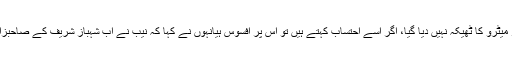
انہوںنے کہاکہ پشاور میٹرو کا اس کمپنی کو ٹھیکہ دیا گیا جسے لاہور میٹرو کا ٹھیکہ نہیں دیا گیا، اگر اسے احتساب کہتے ہیں تو اس پر افسوس ہیانہوں نے کہا کہ نیب نے اب شہباز شریف کے صاحبزادے سلمان شہباز کو بھی طلب کیا ہے، اس سے بڑا مذاق اور کیا ہو گا۔